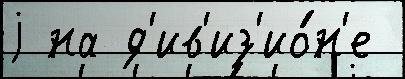
j на д'ив'из'ио́н'е